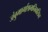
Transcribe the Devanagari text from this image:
जंबुमार्गाश्रमनिवासिन